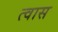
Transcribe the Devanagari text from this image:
त्वास